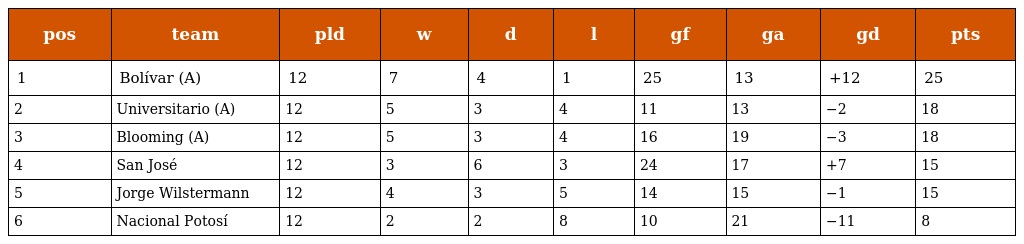
| pos | team | pld | w | d | l | gf | ga | gd | pts |
 | --- | --- | --- | --- | --- | --- | --- | --- | --- | --- |
 | 1 | Bolívar (A) | 12 | 7 | 4 | 1 | 25 | 13 | +12 | 25 |
 | 2 | Universitario (A) | 12 | 5 | 3 | 4 | 11 | 13 | −2 | 18 |
 | 3 | Blooming (A) | 12 | 5 | 3 | 4 | 16 | 19 | −3 | 18 |
 | 4 | San José | 12 | 3 | 6 | 3 | 24 | 17 | +7 | 15 |
 | 5 | Jorge Wilstermann | 12 | 4 | 3 | 5 | 14 | 15 | −1 | 15 |
 | 6 | Nacional Potosí | 12 | 2 | 2 | 8 | 10 | 21 | −11 | 8 |